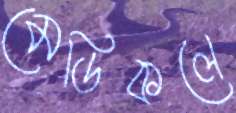
মেডিকলে